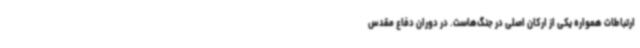
ارتباطات همواره یکی از ارکان اصلی در جنگ‌هاست. در دوران دفاع مقدس